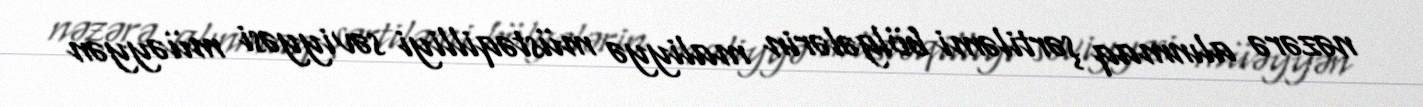
nəzərə alınmaq şərtiləmi bölgələrin maliyyə müstəqilliyi səviyyəsi müəyyən